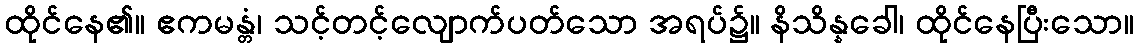
ထိုင်နေ၏။ ဧကမန္တံ၊ သင့်တင့်လျောက်ပတ်သော အရပ်၌။ နိသိန္နခေါ၊ ထိုင်နေပြီးသော။